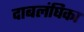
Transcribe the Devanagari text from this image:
दाबलंघिका